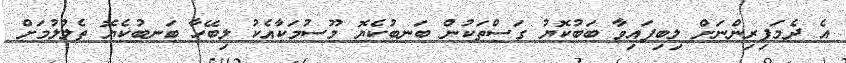
އެ ދެމަފިރިންނަށް ލިބިފައިވާ ބަބުކޮޔު ގަސްތަކުން ބަނބުކެޔޮ މޫސުމަކާއެކު ލިބޭހާ ބަނބުކެޔޮ ތެލުލުމަށް